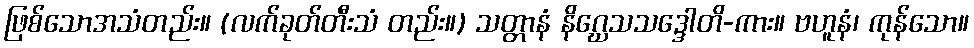
ဖြစ်သောအသံတည်း။ (လက်ခုတ်တီးသံ တည်း။) သတ္တာနံ နိဂ္ဃေသသဒ္ဒေါတိ-ကား။ ဗဟူနံ၊ ကုန်သော။